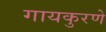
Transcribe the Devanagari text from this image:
गायकुरणे